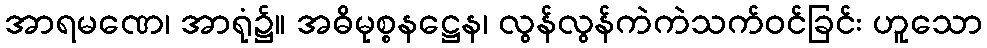
အာရမဏေ၊ အာရုံ၌။ အဓိမုစ္စနဋ္ဌေန၊ လွန်လွန်ကဲကဲသက်ဝင်ခြင်း ဟူသော